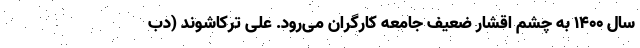
سال ۱۴۰۰ به چشم اقشار ضعیف جامعه کارگران می‌رود. علی ترکاشوند (دب